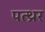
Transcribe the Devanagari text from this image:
पत्थ्रर